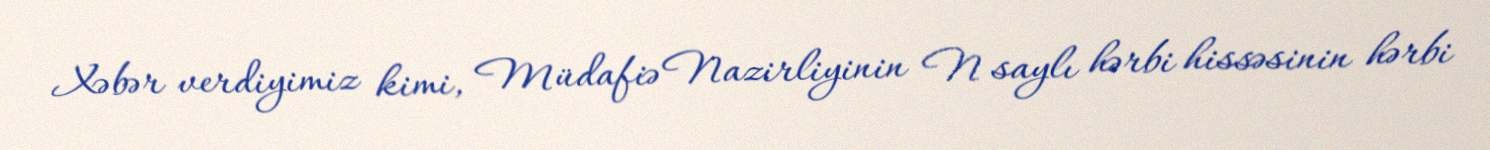
Xəbər verdiyimiz kimi, Müdafiə Nazirliyinin N saylı hərbi hissəsinin hərbi